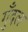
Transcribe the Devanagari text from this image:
गुँदल